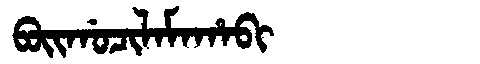
Manchu: ᠪᠣᡳᡤᠣᠴᡳᠯᠠᠮᠠᡥᠠᠪᡳ
Romanization: BOIGOCILAMAHABI